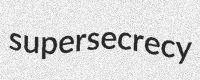
supersecrecy